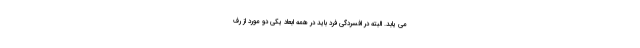
می یابد. البته در افسردگی فرد باید در همه ابعاد یکی دو مورد از رف